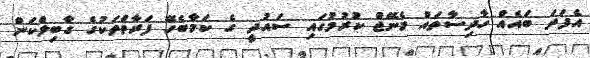
އެފަދަ ބައެއް ހާދިސާތައް މެނޭޖް ކުރުމުގައި ސައުދީ ގެ ކަމާބެހޭ ފަރާތްތަކުގެ ގާބިލްކަން